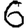
Digit: 6